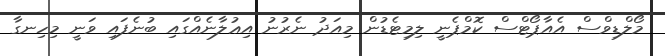
މޯލްޑިވްސް އެއާޕޯޓްސް ކޮމްޕެނީ ލިމިޓެޑުން މިއަދު ނެރުނު އިޢުލާނެއްގައި ބުނެފައި ވަނީ މިހިނގާ